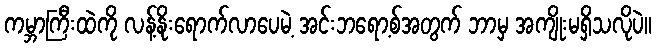
ကမ္ဘာကြီးထဲကို လန့်နိုးရောက်လာပေမဲ့ အင်းဘရော့စ်အတွက် ဘာမှ အကျိုးမရှိသလိုပဲ။